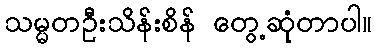
သမ္မတဦးသိန်းစိန် တွေ့ဆုံတာပါ။